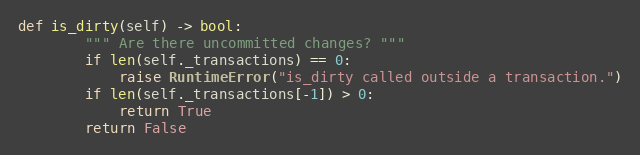
Language: Python
def is_dirty(self) -> bool:
        """ Are there uncommitted changes? """
        if len(self._transactions) == 0:
            raise RuntimeError("is_dirty called outside a transaction.")
        if len(self._transactions[-1]) > 0:
            return True
        return False